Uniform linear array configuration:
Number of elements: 12
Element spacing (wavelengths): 0.5
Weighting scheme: exponential
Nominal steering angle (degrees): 45
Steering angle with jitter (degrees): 43.43
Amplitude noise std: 0.05
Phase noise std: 0.05

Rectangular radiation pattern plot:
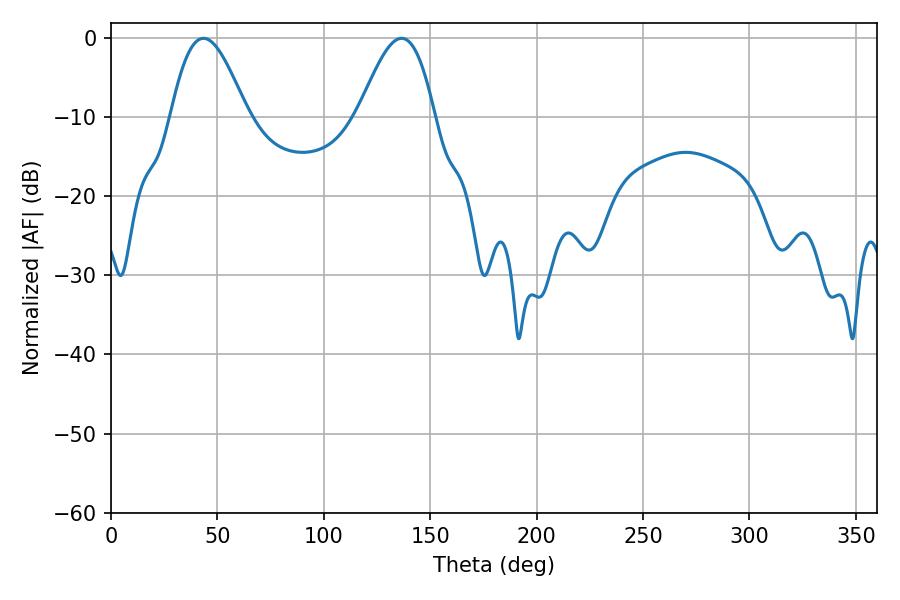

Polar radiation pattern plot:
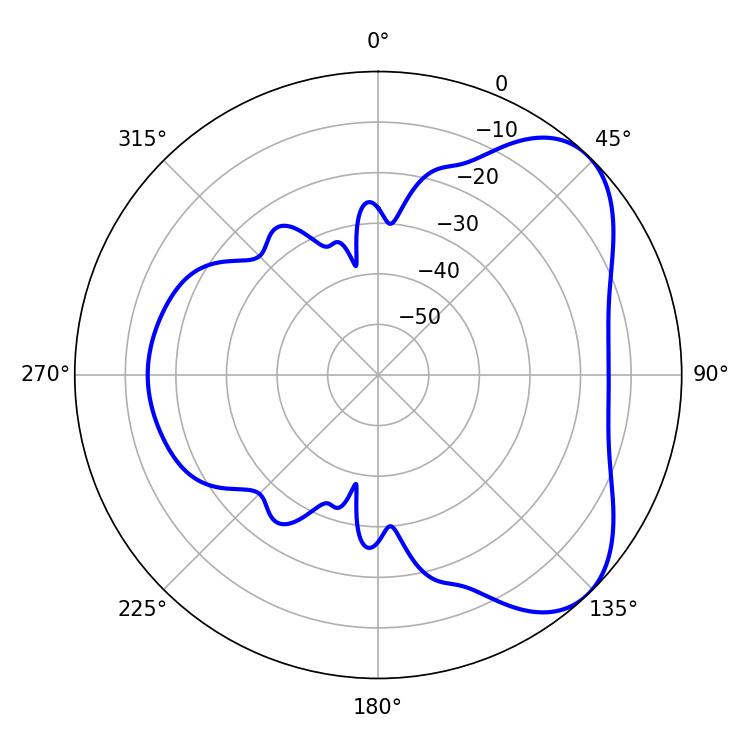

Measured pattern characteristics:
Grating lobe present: FALSE
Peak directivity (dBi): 5.814
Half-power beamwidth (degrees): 19.08
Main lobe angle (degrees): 43.38